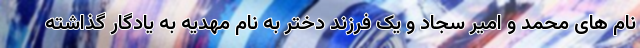
نام های محمد و امیر سجاد و یک فرزند دختر به نام مهدیه به یادگار گذاشته